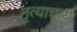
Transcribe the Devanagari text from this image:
नृत्याचार्य